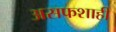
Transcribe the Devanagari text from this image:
असफशाही